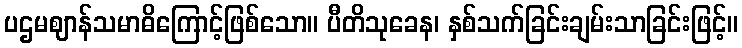
ပဌမဈာန်သမာဓိကြောင့်ဖြစ်သော။ ပီတိသုခေန၊ နှစ်သက်ခြင်းချမ်းသာခြင်းဖြင့်။